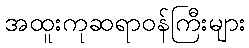
အထူးကုဆရာဝန်ကြီးများ